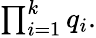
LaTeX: \textstyle\prod_{i=1}^{k}q_{i}.